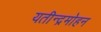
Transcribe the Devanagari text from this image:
यतीन्द्रमोहन